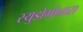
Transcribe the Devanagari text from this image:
स्युडोमोनास